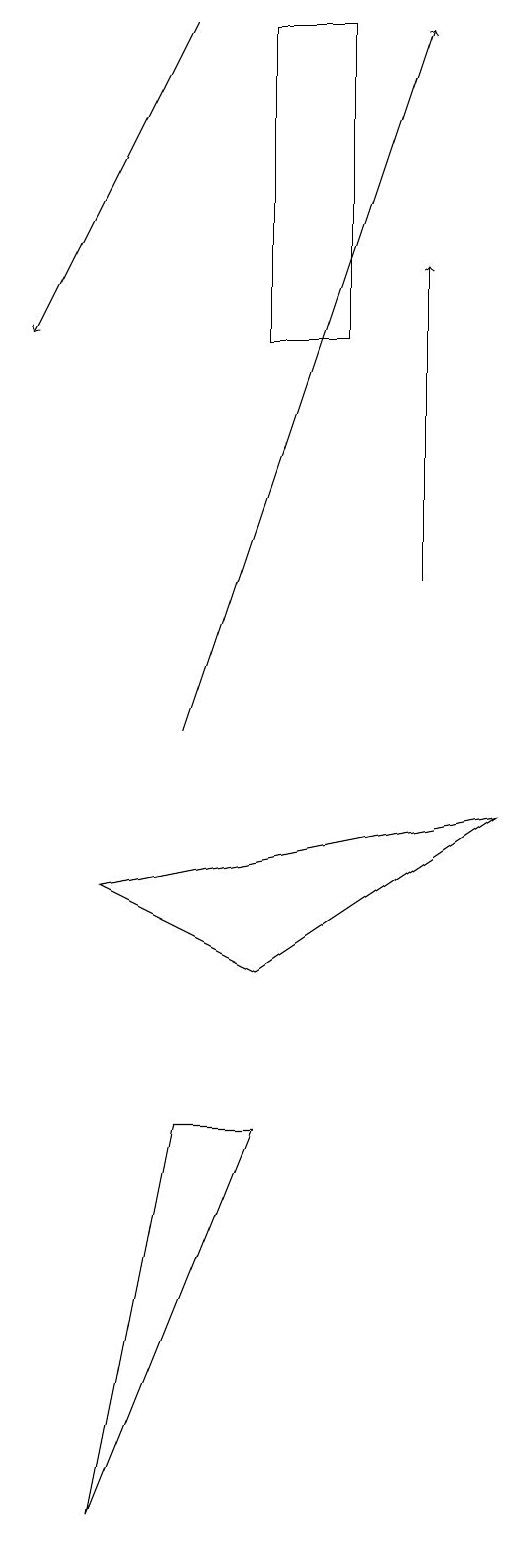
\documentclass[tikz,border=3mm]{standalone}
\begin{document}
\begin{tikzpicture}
\draw (1,8) -- (3,7) -- (6,9) -- cycle;
\draw[->] (5,12) -- (5,16);
\draw (4,15) rectangle (3,19);
\draw[->] (2,19) -- (0,15);
\draw[->] (2,10) -- (5,19);
\draw (2,5) -- (3,5) -- (1,0) -- cycle;
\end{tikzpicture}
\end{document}